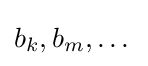
b_{k},b_{m},\dots